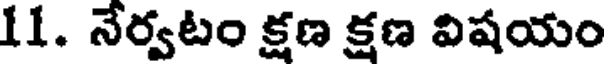
11. నేర్వటం క్షణ క్షణ విషయం